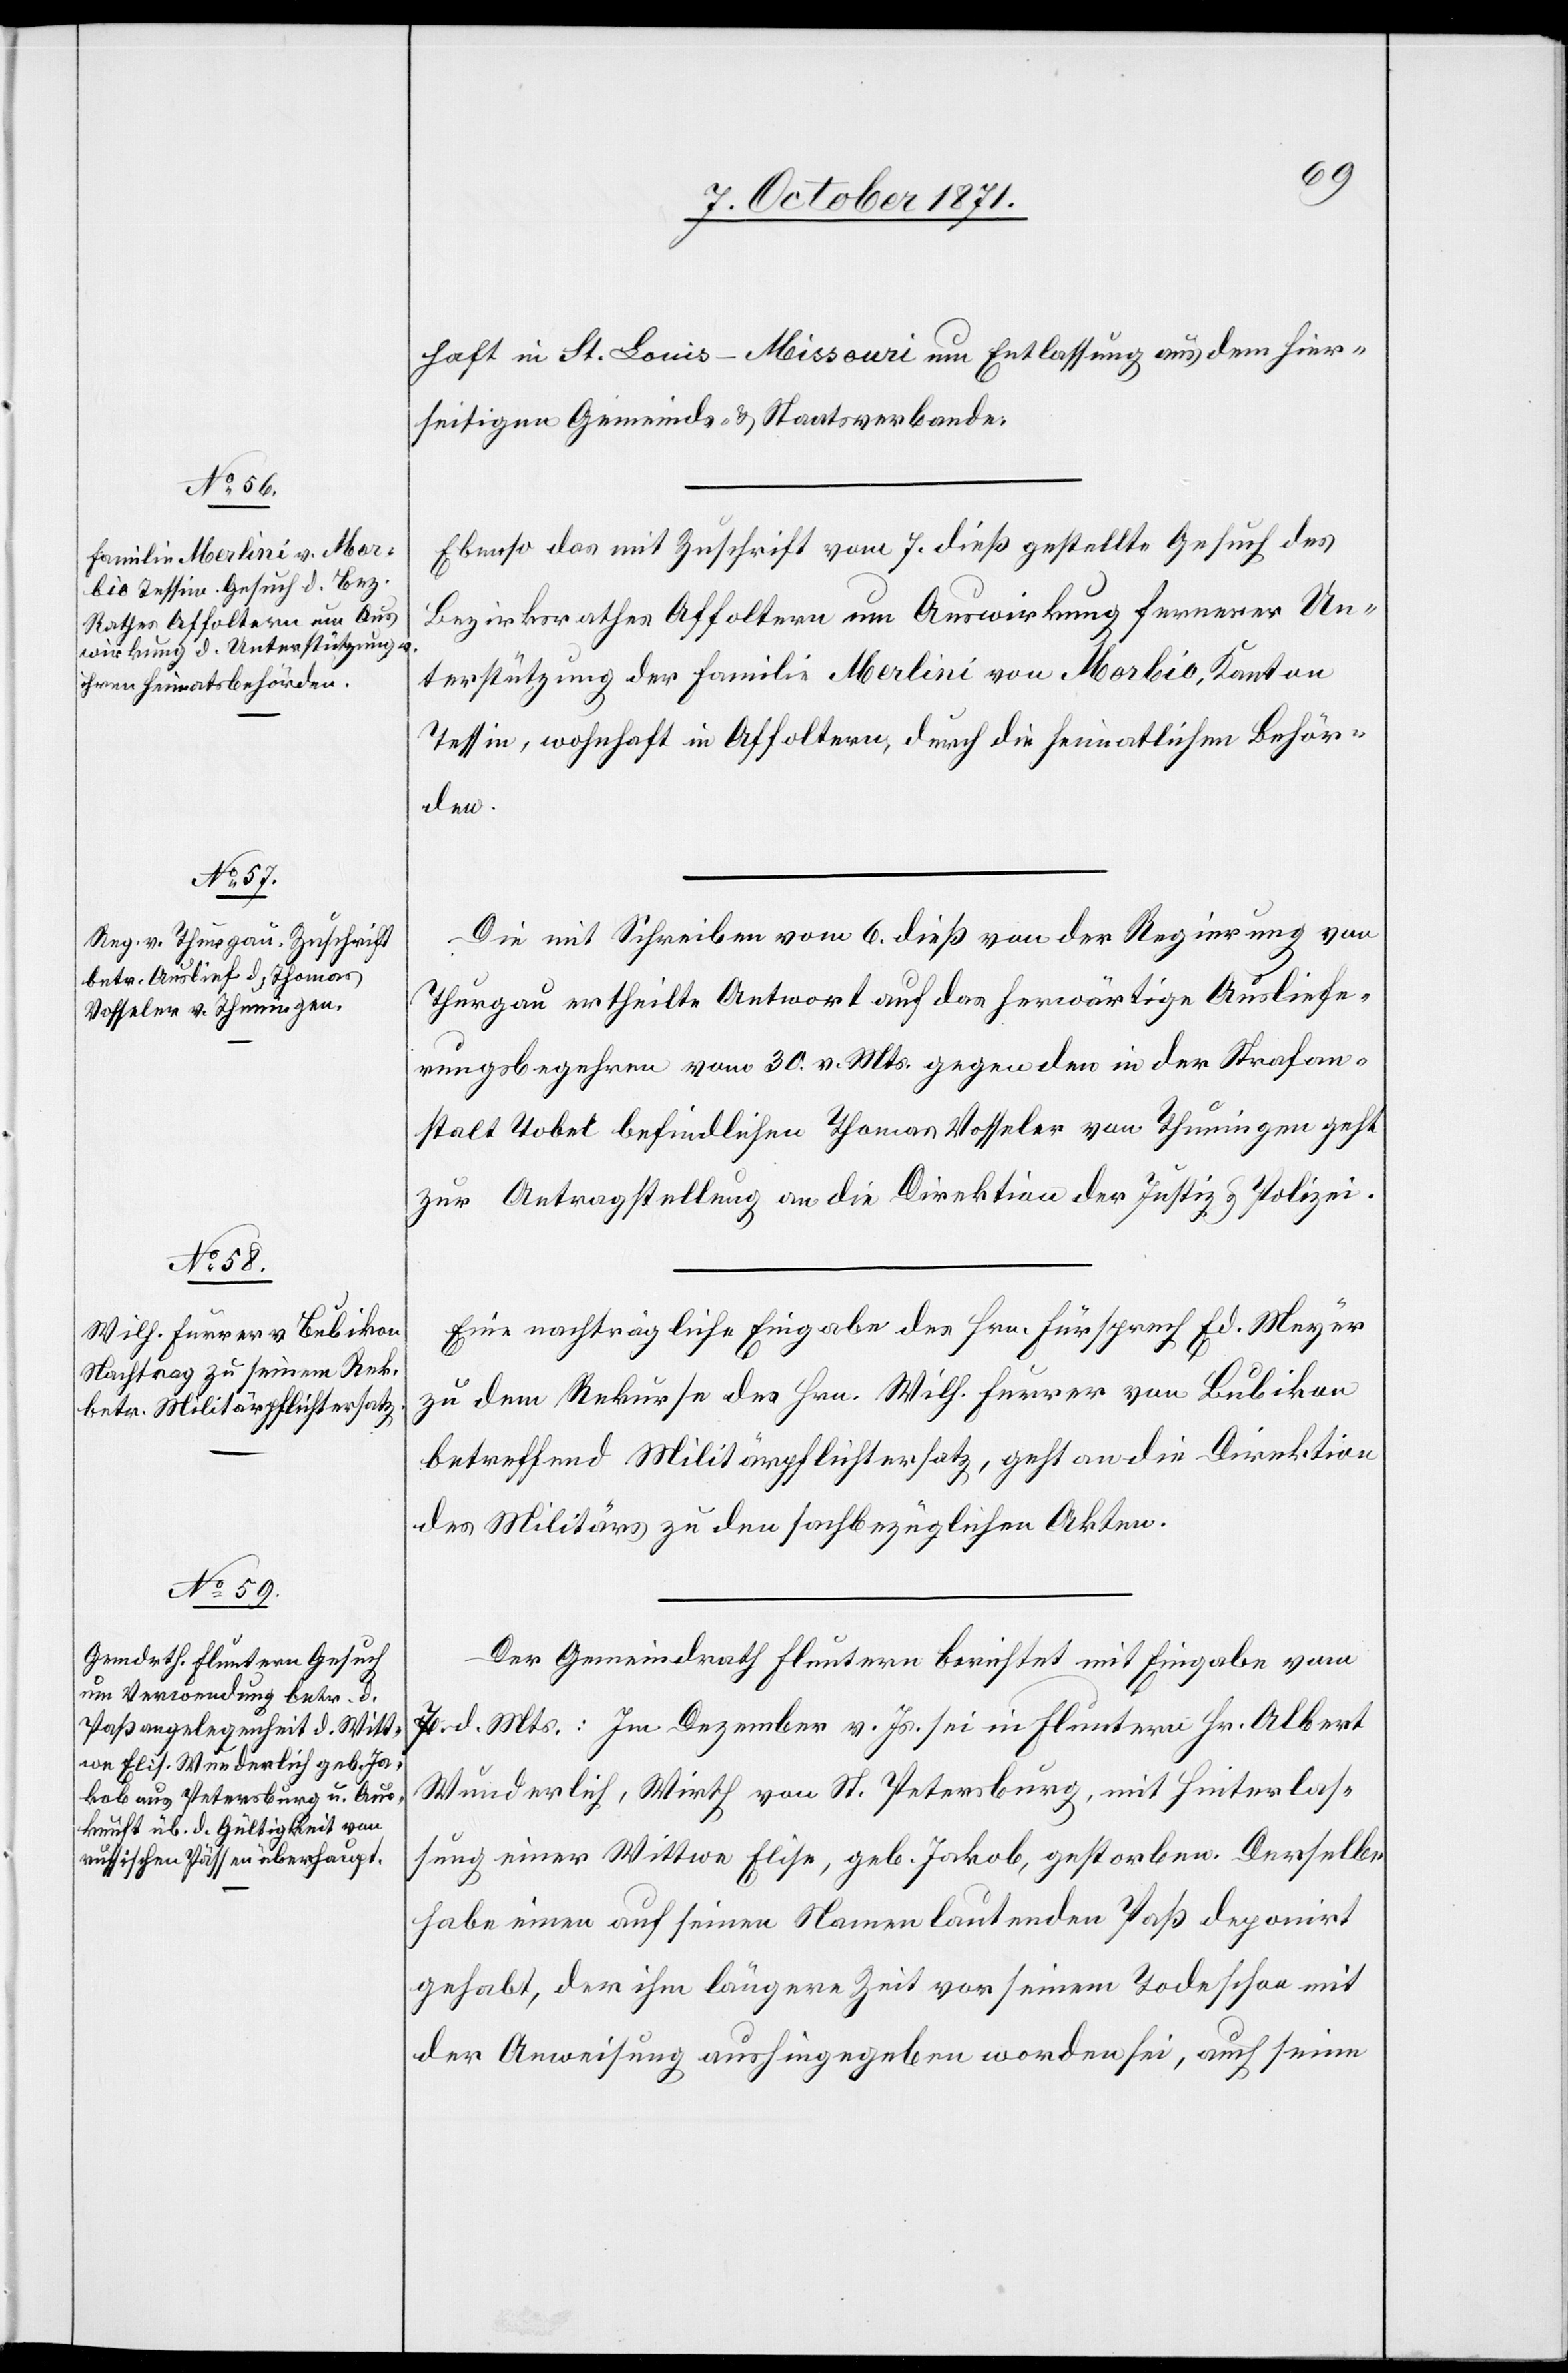
9. October 1871.]
haft in St. Louis-Missouri um Entlassung aus dem hier¬
seitigen Gemeinds- & Staatsverbande.
Ebenso das mit Zuschrift vom 7. dieß gestellte Gesuch des
Bezirksrathes Affoltern um Auswirkung fernerer Un¬
terstützung der Familie Marlini von Morbio, Kanton
Tessin, wohnhaft in Affoltern, durch die heimatlichen Behör¬
den.
Die mit Schreiben vom 6. dieß von der Regierung von
Thurgau ertheilte Antwort auf das herwärtige Ausliefe¬
rungsbegehren vom 30. v. Mts. gegen den in der Strafan¬
stalt Tobel befindlichen Thomas Vosseler von Thuningen geht
zur Antragstellung an die Direktion der Justiz & Polizei.
Eine nachträgliche Eingabe des Hrn. Fürsprech Ed. Meyer
zu dem Rekurse des Hrn. Wilh. Furrer von Bubikon
betreffend Militärpflichtersatz, geht an die Direktion
des Militärs zu den sachbezüglichen Akten.
Der Gemeindrath Fluntern berichtet mit Eingabe vom
7. d. Mts.: Im Dezember v. Js. sei in Fluntern Hr. Albert
Wunderlich, Wirth von St. Petersburg, mit Hinterlas¬
sung einer Wittwe, Elise, geb. Jakob, gestorben. Derselbe
habe einen auf seinen Namen lautenden Paß deponirt
gehabt, der ihm längere Zeit vor seinem Tode schon mit
der Anweisung aushingegeben worden sei, auch seine